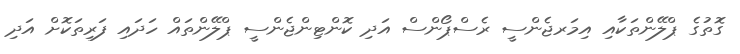
ގޮތުގެ ޕްލޭންތަކާއި އިމަރޖެންސީ ރެސްޕޯންސް އަދި ކޮންޓިންޖެންސީ ޕްލޭންތައް ހަދައި ފަރިތަކޮށް އަދި